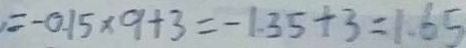
= - 0 . 1 5 \times 9 + 3 = - 1 . 3 5 + 3 = 1 . 6 5